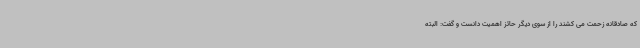
که صادقانه زحمت می کشند را از سوی دیگر حائز اهمیت دانست و گفت: البته